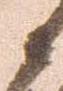
々